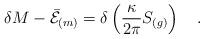
LaTeX: \begin{align*}\delta M-\bar{\cal E}_{(m)}=\delta\left({\kappa \over2\pi} S_{(g)}\right)~~~.\end{align*}